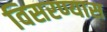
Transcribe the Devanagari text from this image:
विसरण्यास